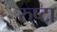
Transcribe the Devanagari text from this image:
रुष्टा